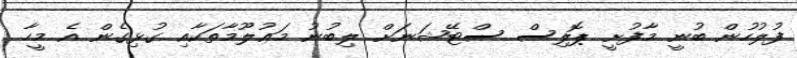
ފުލުހުން ބުނީ މާފުށީ ޕޮލިސް ސްޓޭޝަނަށް ލިބުނު މަޢުލޫމާތަކާއި ގުޅިގެން އެ މީހާ